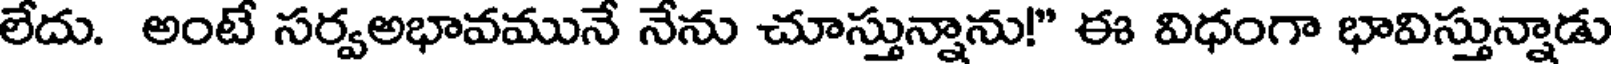
లేదు. అంటే సర్వఅభావమునే నేను చూస్తున్నాను!" ఈ విధంగా భావిస్తున్నాడు